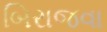
બિરાજવા